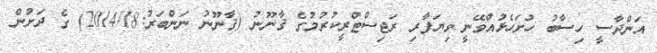
އަންދާސީ ހިސާބު ހުށަހެޅުއްވޭނީ ވިޔަފާރި ރަޖިސްޓްރީކުރުމުގެ ޤާނޫނު (ޤާނޫނު ނަންބަރު:2014/18) ގެ ދަށުން